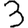
Digit: 3